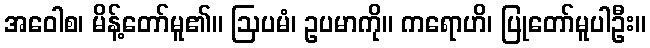
အဝေါစ၊ မိန့်တော်မူ၏။ ဩပမံ၊ ဥပမာကို။ ကရောဟိ၊ ပြုတော်မူပါဦး။